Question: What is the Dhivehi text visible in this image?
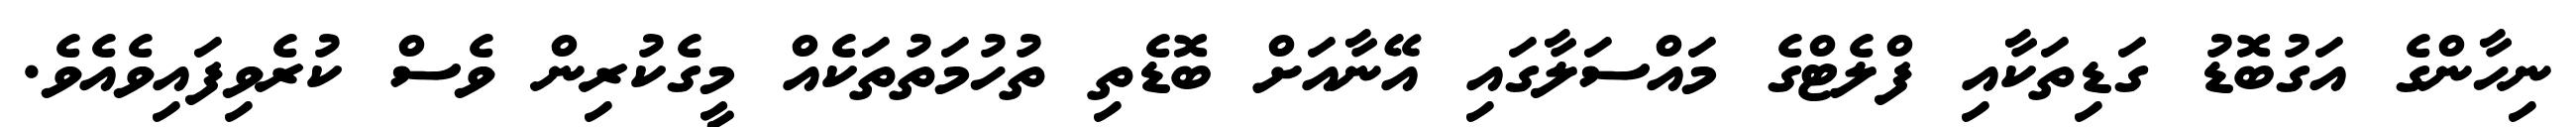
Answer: ނިހާންގެ އަގުބޮޑު ގަޑިތަކާއި ފްލެޓްގެ މައްސަލާގައި އޭނާއަށް ބޮޑެތި ތުހުމަތުތަކެއް މީގެކުރިން ވެސް ކުރެވިފައިވެއެވެ.